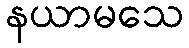
နယာမသေ